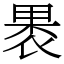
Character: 褁